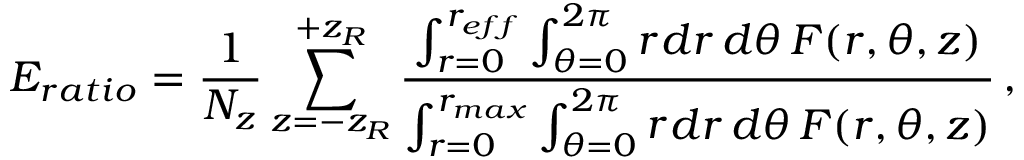
E _ { r a t i o } = \frac { 1 } { N _ { z } } \sum _ { z = - z _ { R } } ^ { + z _ { R } } \frac { \int \displaylimits _ { r = 0 } ^ { r _ { e f f } } \int \displaylimits _ { \theta = 0 } ^ { 2 \pi } \mathop { r } \mathop { d r } \mathop { d \theta } F ( r , \theta , z ) } { \int \displaylimits _ { r = 0 } ^ { r _ { m a x } } \int \displaylimits _ { \theta = 0 } ^ { 2 \pi } \mathop { r } \mathop { d r } \mathop { d \theta } F ( r , \theta , z ) } \, ,